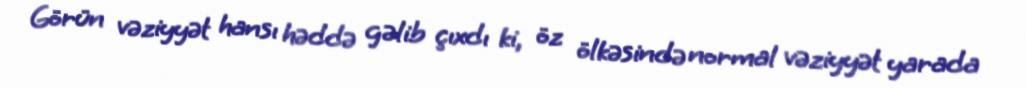
Görün vəziyyət hansı həddə gəlib çıxdı ki, öz ölkəsində normal vəziyyət yarada